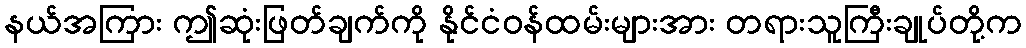
နယ်အကြား ဤဆုံးဖြတ်ချက်ကို နိုင်ငံဝန်ထမ်းများအား တရားသူကြီးချုပ်တို့က